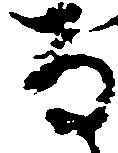
な